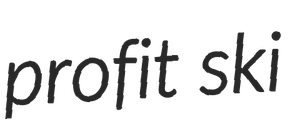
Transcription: profit ski